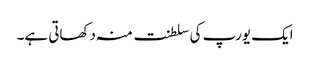
ایک یورپ کی سلطنت منہ دکھاتی ہے۔